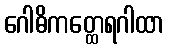
ဂေါဓိကတ္ထေရဂါထာ